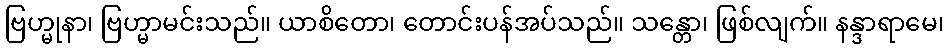
ဗြဟ္မုနာ၊ ဗြဟ္မာမင်းသည်။ ယာစိတော၊ တောင်းပန်အပ်သည်။ သန္တော၊ ဖြစ်လျက်။ နန္ဒာရာမေ၊